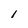
Character: 1